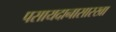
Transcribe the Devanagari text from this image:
पसायदानासारखा